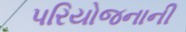
પરિયોજનાની